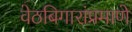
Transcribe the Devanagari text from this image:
वेठबिगारांप्रमाणे